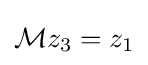
{\mathcal {M}}z_{3}=z_{1}